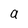
Character: a